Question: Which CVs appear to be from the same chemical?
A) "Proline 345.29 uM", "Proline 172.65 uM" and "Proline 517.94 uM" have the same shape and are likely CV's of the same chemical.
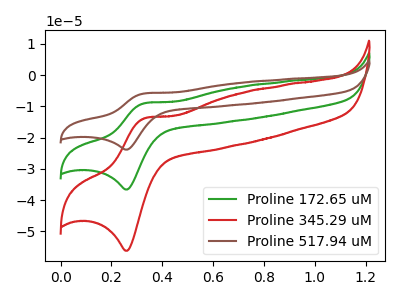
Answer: <think>The green curve "Proline 172.65 uM" has an anodic peak at (0.35V, -8.95uA) and a cathodic peak at (0.25V, -36.60uA). The red curve "Proline 345.29 uM" has an anodic peak at (0.35V, -13.75uA) and a cathodic peak at (0.25V, -56.25uA). The brown curve "Proline 517.94 uM" has an anodic peak at (0.35V, -17.90uA) and a cathodic peak at (0.25V, -73.25uA).
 All the peaks in "Proline 172.65 uM" have a peak in "Proline 345.29 uM" at the same potential. All the peaks in "Proline 172.65 uM" have a peak in "Proline 517.94 uM" at the same potential. All the peaks in "Proline 345.29 uM" have a peak in "Proline 517.94 uM" at the same potential.</think>
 <answer>A) "Proline 345.29 uM", "Proline 172.65 uM" and "Proline 517.94 uM" have the same shape and are likely CV's of the same chemical.</answer>
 <eval>A</eval>